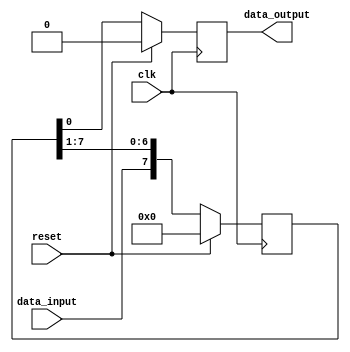
module siso_shift_register(
    input clk, // Clock input
    input reset, // Reset input
    input data_input, // Serial data input
    output reg data_output // Serial data output
);

reg [7:0] shift_register; // 8-bit shift register using flip-flops

always @(posedge clk) begin
    if(reset) begin
        shift_register <= 8'b0; // Reset shift register to all zeros
        data_output <= 1'b0; // Reset output data to zero
    end else begin
        // Shift data into shift register
        shift_register <= {data_input, shift_register[7:1]};
        
        // Output data from shift register
        data_output <= shift_register[0];
    end
end

endmodule